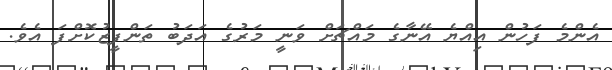
އެންމެ ފަހުން އިއްޔެ އޭނާގެ މައްޗަށް ވަނީ މަރުގެ އަދަބު ތަންފީޒުކޮށްފަ އެވެ.